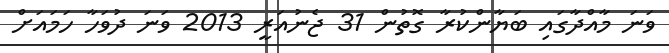
ވަނަ މާއްދާގައި ބަޔާންކުރާ ގޮތުން 31 ޖެނުއަރީ 2013 ވަނަ ދުވަހާ ހަމައަށް